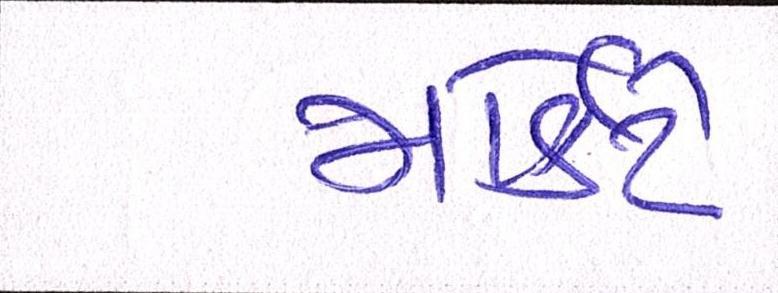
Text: માર્કેટે